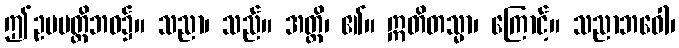
ဤဥပပတ္တိဘဝ၌။ သညာ၊ သည်။ အတ္ထိ၊ ၏။ ဣတိတသ္မာ၊ ကြောင့်။ သညာဘဝေါ၊